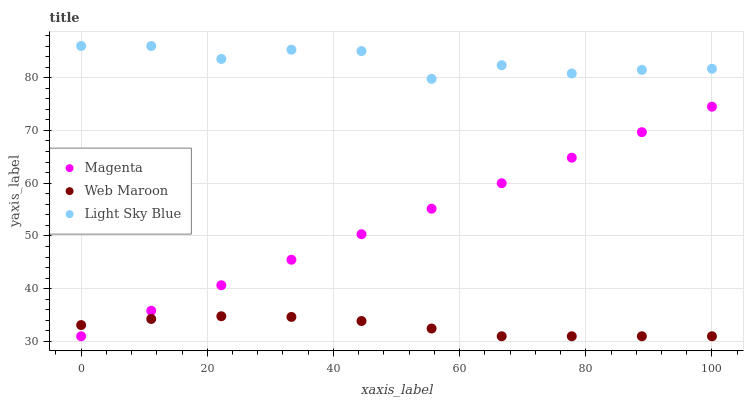
| xaxis_label | Magenta | Web Maroon | Light Sky Blue |
 | --- | --- | --- | --- |
 | 0 | 31 | 33.1 | 86 |
 | 11.1 | 35.8 | 34.3 | 86 |
 | 22.2 | 40.7 | 34.8 | 83.5 |
 | 33.3 | 45.5 | 34.7 | 85.3 |
 | 44.4 | 50.3 | 33.9 | 85 |
 | 55.6 | 55.2 | 32.5 | 79.8 |
 | 66.7 | 60 | 31 | 82.4 |
 | 77.8 | 64.8 | 31 | 80.8 |
 | 88.9 | 69.7 | 31 | 81.5 |
 | 100 | 74.5 | 31 | 81.7 |